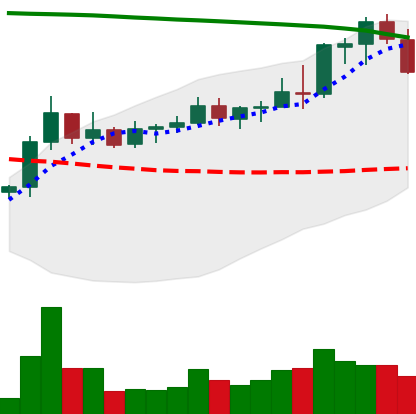
Ticker: NEO-USD
Chart end date: 2021-08-17
Forward return: 7.34%
Label: up_7plus